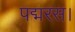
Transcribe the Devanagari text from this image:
पद्मरस।